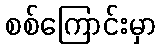
စစ်ကြောင်းမှာ